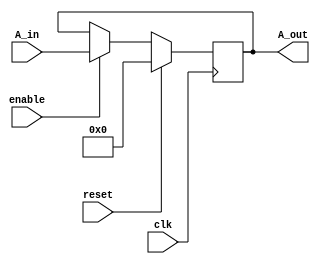
module accumulator(input clk,enable,reset, input [3:0]A_in, output [3:0]A_out); //instanciar el modulo

  wire clk,enable,reset;        // instanciar variables internas, entrada y salidas.
  wire [3:0]A_in;
  reg [3:0]A_out=0;

  always @ (posedge clk)        //funciona cada vez que recibe clk o reset
    begin
      if(reset)                // si es reset reiniciara todo el contador
        begin
          A_out <= 0;
        end
      else if (enable==1)     // si esta habilitado
        begin                   // cambia el valor del contador si esta habilitado, de lo contrario mantiene el mismo valor
          A_out <= A_in;
        end
    end

endmodule